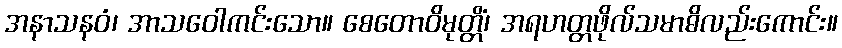
အနာသနဝံ၊ အာသဝေါကင်းသော။ စေတောဝိမုတ္တိံ၊ အရဟတ္တဖိုလ်သမာဓိလည်းကောင်း။